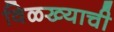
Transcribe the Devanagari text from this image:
विळख्याची